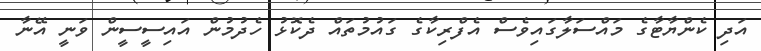
އަދި ކެންޔާޓާގެ މައްސަލާގައިވެސް އެފްރިކާގެ ގައުމުތައް ދެކޮޅު ހެދުމުން އައިސީސީން ވަނީ އޭނާ